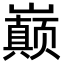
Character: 巅